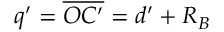
q ^ { \prime } = \overline { { O C ^ { \prime } } } = d ^ { \prime } + R _ { B }